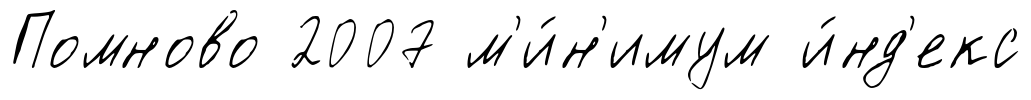
Помново 2007 м'и́н'имум и́нд'екс